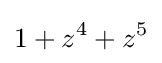
1+z^{4}+z^{5}